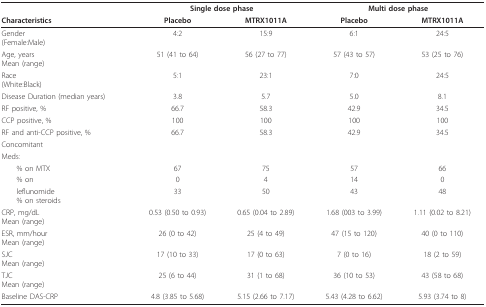
<table><thead><tr><td></td><td colspan="2"><b>Single dose phase</b></td><td colspan="2"><b>Multi dose phase</b></td></tr><tr><td><b>Characteristics</b></td><td><b>Placebo</b></td><td><b>MTRX1011A</b></td><td><b>Placebo</b></td><td><b>MTRX1011A</b></td></tr></thead><tbody><tr><td>Gender(Female:Male)</td><td>4:2</td><td>15:9</td><td>6:1</td><td>24:5</td></tr><tr><td>Age, yearsMean (range)</td><td>51 (41 to 64)</td><td>56 (27 to 77)</td><td>57 (43 to 57)</td><td>53 (25 to 76)</td></tr><tr><td>Race(White:Black)</td><td>5:1</td><td>23:1</td><td>7:0</td><td>24:5</td></tr><tr><td>Disease Duration (median years)</td><td>3.8</td><td>5.7</td><td>5.0</td><td>8.1</td></tr><tr><td>RF positive, %</td><td>66.7</td><td>58.3</td><td>42.9</td><td>34.5</td></tr><tr><td>CCP positive, %</td><td>100</td><td>100</td><td>100</td><td>100</td></tr><tr><td>RF and anti-CCP positive, %</td><td>66.7</td><td>58.3</td><td>42.9</td><td>34.5</td></tr><tr><td>Concomitant</td><td></td><td></td><td></td><td></td></tr><tr><td>Meds:</td><td></td><td></td><td></td><td></td></tr><tr><td> % on MTX</td><td>67</td><td>75</td><td>57</td><td>66</td></tr><tr><td> % on</td><td>0</td><td>4</td><td>14</td><td>0</td></tr><tr><td> leflunomide% on steroids</td><td>33</td><td>50</td><td>43</td><td>48</td></tr><tr><td>CRP, mg/dLMean (range)</td><td>0.53 (0.50 to 0.93)</td><td>0.65 (0.04 to 2.89)</td><td>1.68 (003 to 3.99)</td><td>1.11 (0.02 to 8.21)</td></tr><tr><td>ESR, mm/hourMean (range)</td><td>26 (0 to 42)</td><td>25 (4 to 49)</td><td>47 (15 to 120)</td><td>40 (0 to 110)</td></tr><tr><td>SJCMean (range)</td><td>17 (10 to 33)</td><td>17 (0 to 63)</td><td>7 (0 to 16)</td><td>18 (2 to 59)</td></tr><tr><td>TJCMean (range)</td><td>25 (6 to 44)</td><td>31 (1 to 68)</td><td>36 (10 to 53)</td><td>43 (58 to 68)</td></tr><tr><td>Baseline DAS-CRP</td><td>4.8 (3.85 to 5.68)</td><td>5.15 (2.66 to 7.17)</td><td>5.43 (4.28 to 6.62)</td><td>5.93 (3.74 to 8)</td></tr></tbody></table>